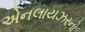
એનલાયઝરનો